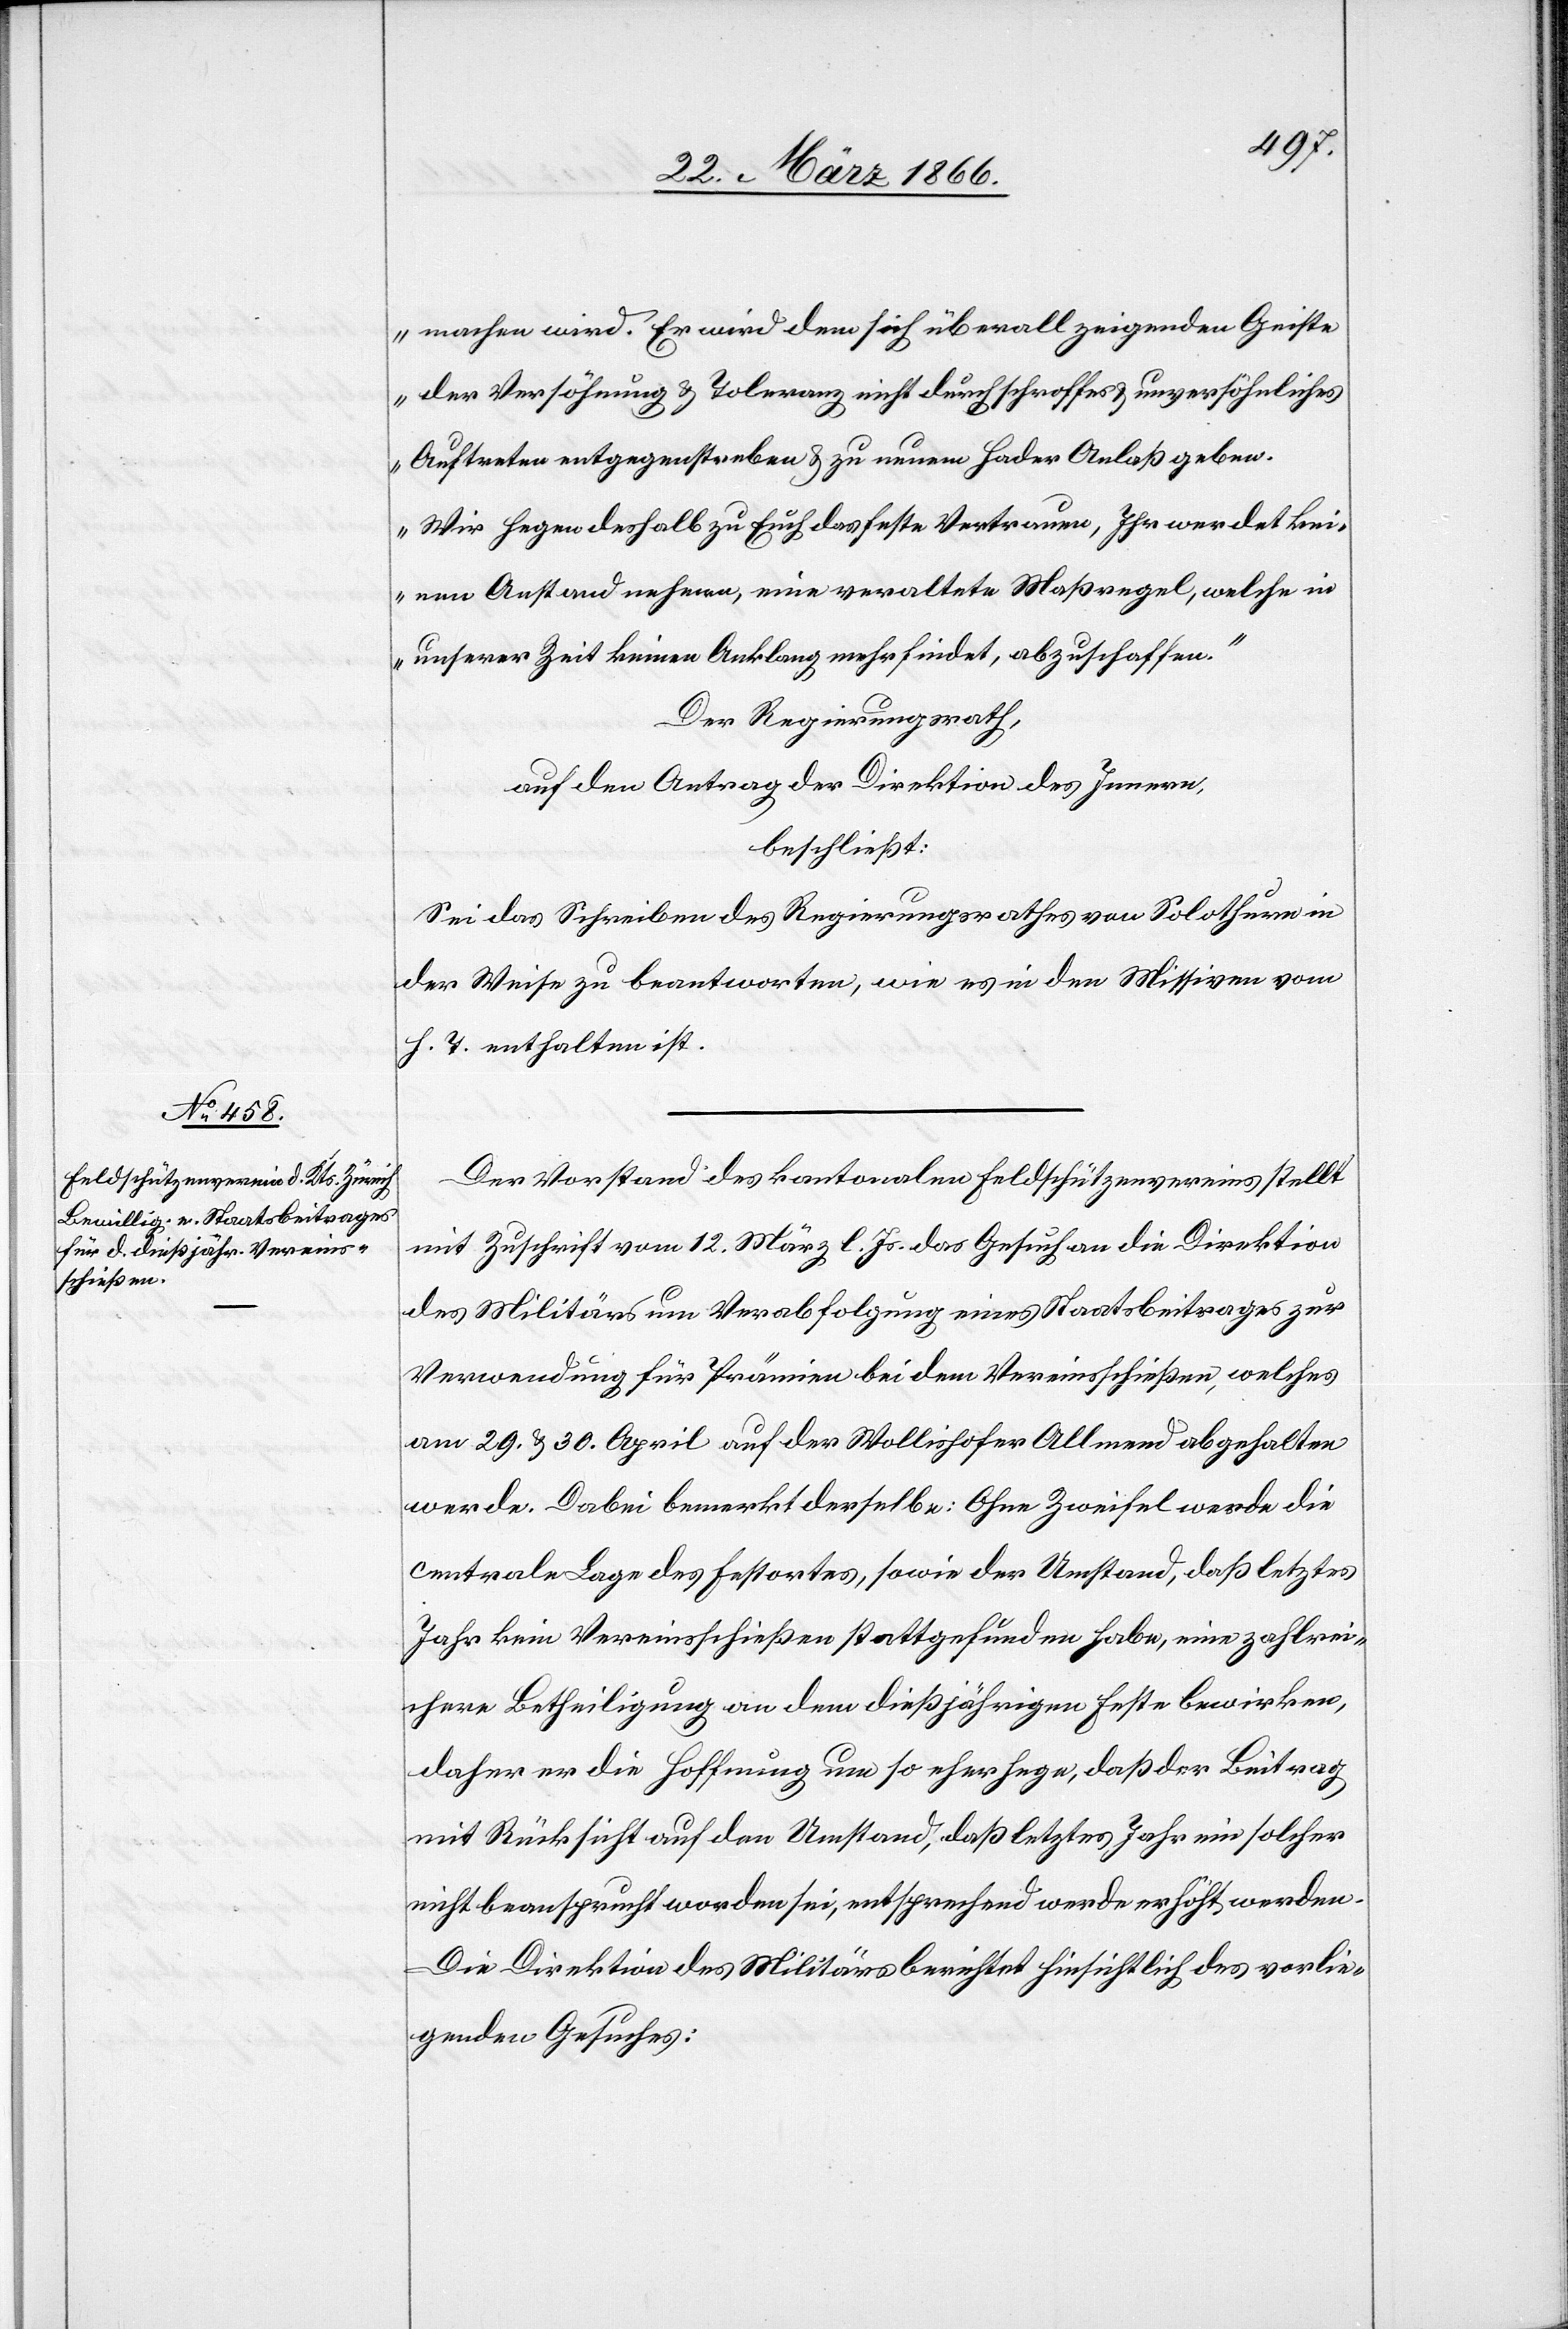
machen wird. Er wird dem sich überall zeigenden Geiste
der Versöhnung u. Toleranz nicht durch schroffes unversöhnliches
Auftreten entgegenstreben u. zu neuem Hader Anlaß geben.
Wir hegen deshalb zu das feste Vertrauen, Ihr werdet kei¬
nen Anstand nehmen, eine veraltete Maßregel, welche in
unserer Zeit keinen Anklang mehr findet, abzuschaffen.“
Der Regierungsrath,
auf den Antrag der Direktion des Innern,
beschließt:
Sei das Schreiben des Regierungsrathes von Solothurn in
der Weise zu beantworten, wie es in den Missiven vom
h. T. enthalten ist.
Der Vorstand des kantonalen Feldschützenvereins stellt
mit Zuschrift vom 12. März l. Js. das Gesuch an die Direktion
des Militärs um Verabfolgung eines Staatsbeitrages zur
Verwendung für Prämien bei dem Vereinsschießen, welches
am 20. u. 30. April auf der Wollishofer Allmend abgehalten
werde. Dabei bemerkt derselbe: Ohne Zweifel werde die
cantonale Lage des Festortes, sowie der Umstand, daß letztes
Jahr kein Vereinsschießen stattgefunden habe, eine zahlrei¬
chere Betheiligung an dem dießjährigen Feste bewirken,
daher er die Hoffnung um so eher hege, daß der Beitrag
mit Rücksicht auf den Umstand, daß letztes Jahr ein solcher
nicht beansprucht worden sei, entsprechend werde erhöht werden.
Die Direktion des Militärs berichtet hinsichtlich des vorlie¬
genden Gesuches: